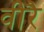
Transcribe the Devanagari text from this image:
वीरै